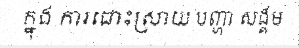
ក្នុង ការដោះស្រាយ បញ្ហា សង្គម